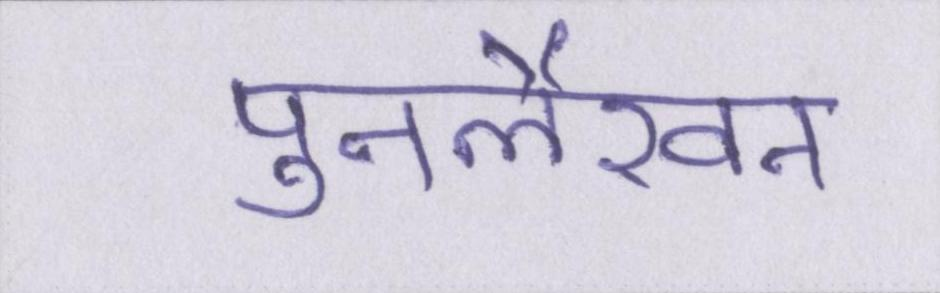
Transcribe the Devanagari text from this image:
पुनर्लेखन